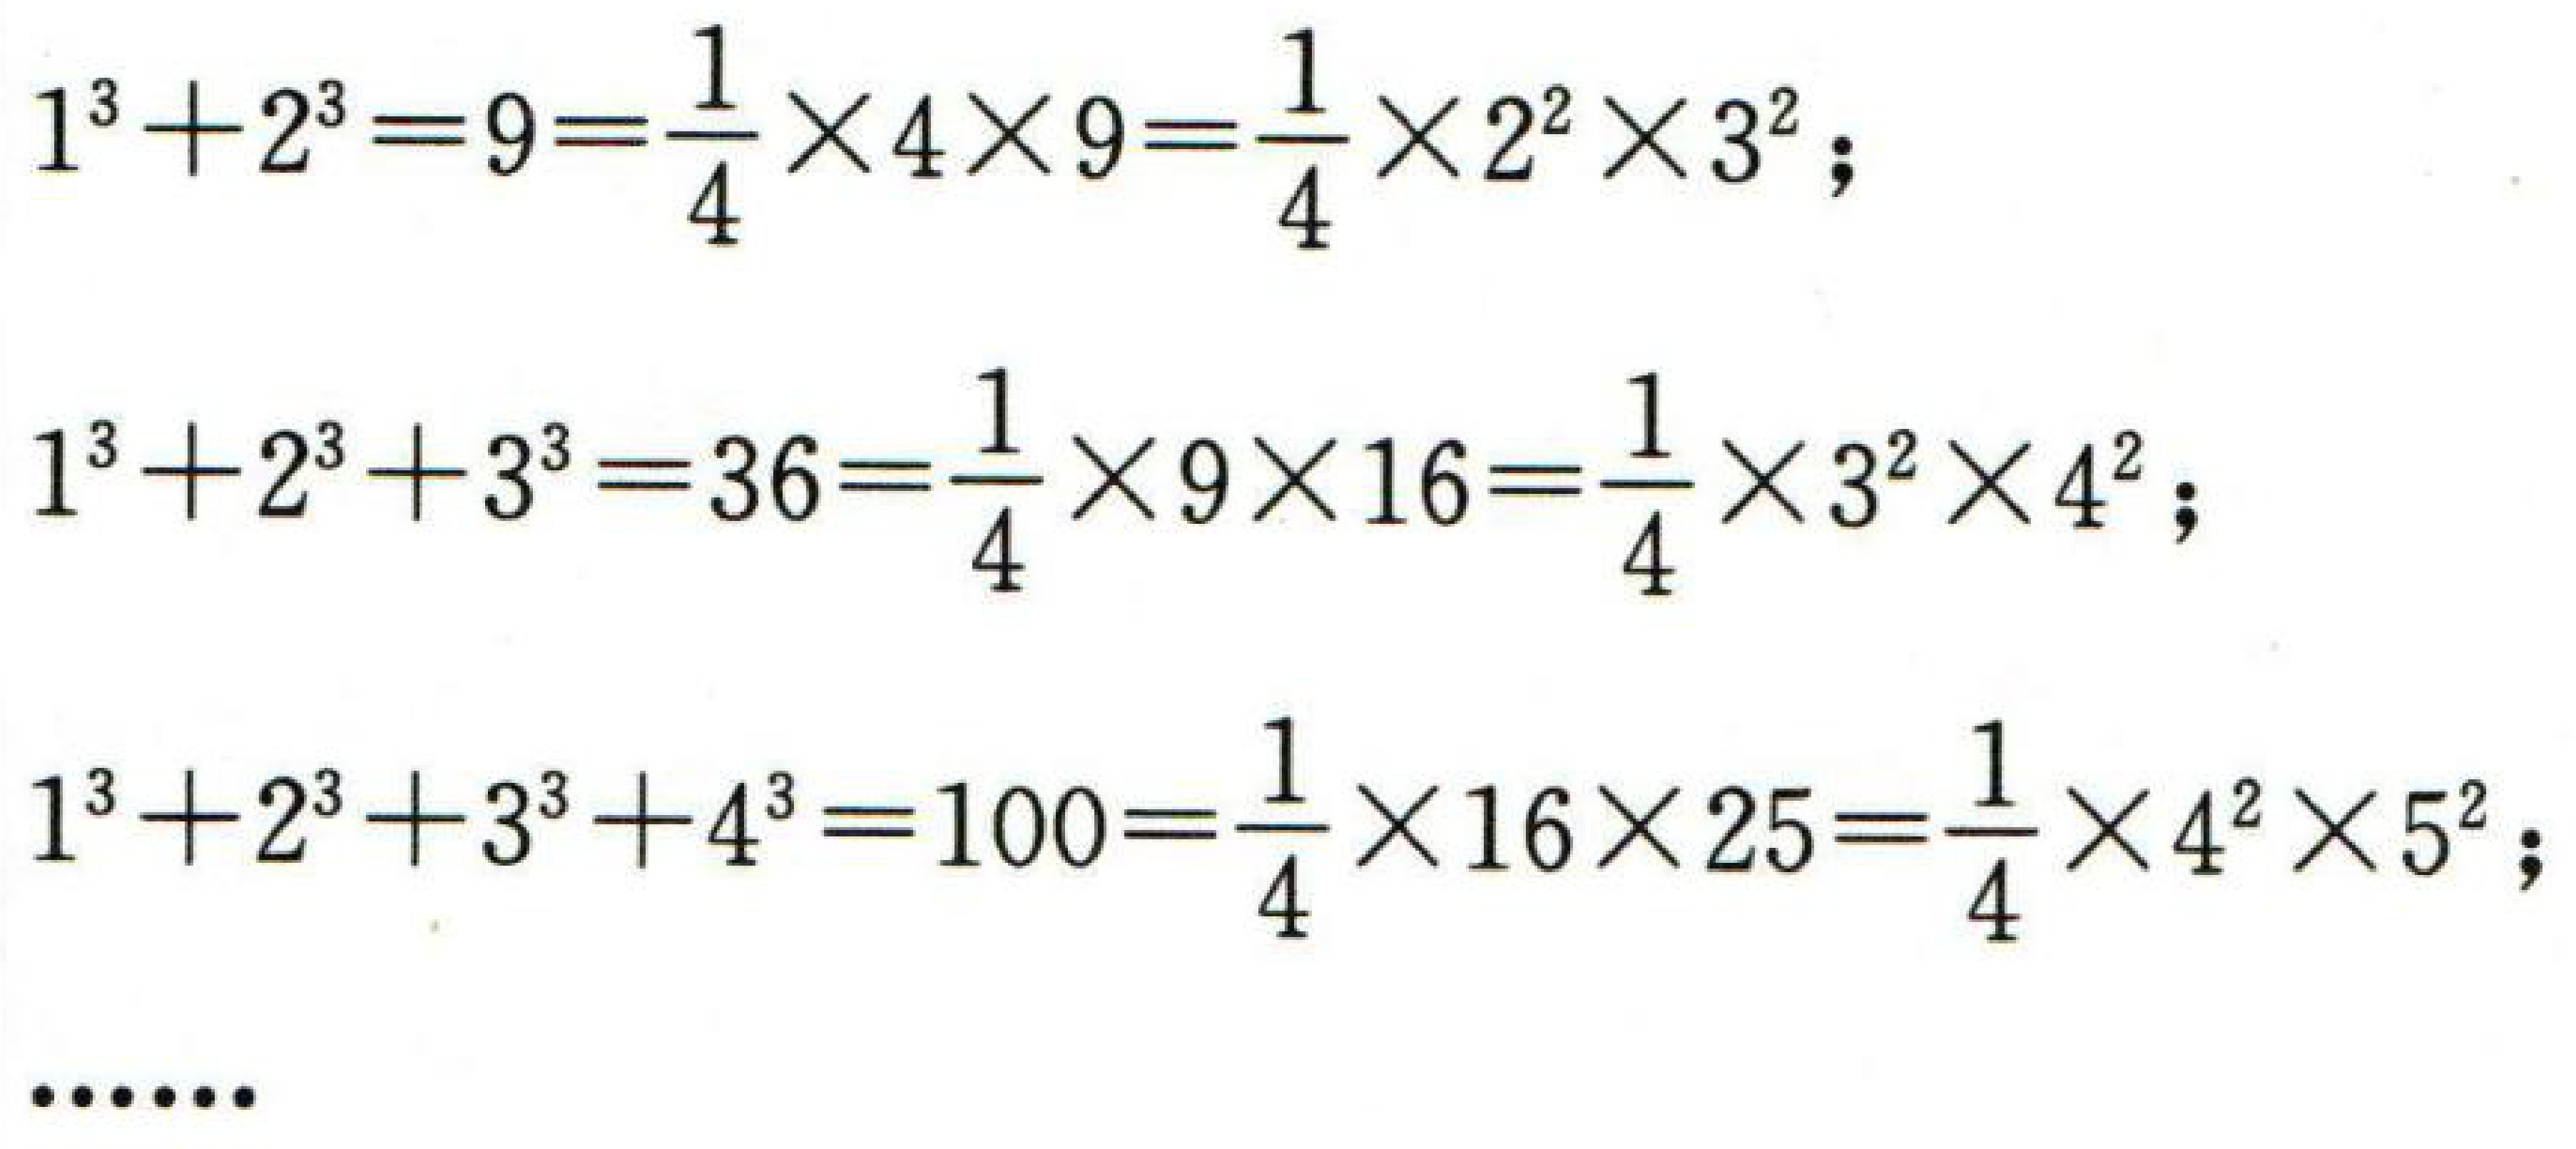
\[

\begin{align*}

1^{3}+2^{3}&=9=\frac{1}{4}\times4\times9=\frac{1}{4}\times2^{2}\times3^{2};\\

1^{3}+2^{3}+3^{3}&=36=\frac{1}{4}\times9\times16=\frac{1}{4}\times3^{2}\times4^{2};\\

1^{3}+2^{3}+3^{3}+4^{3}&=100=\frac{1}{4}\times16\times25=\frac{1}{4}\times4^{2}\times5^{2};\\

&\cdots\cdots

\end{align*}

\]